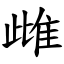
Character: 雌